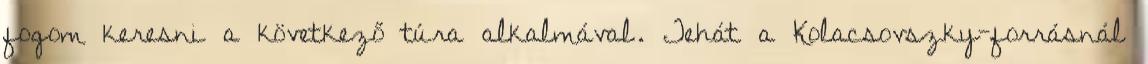
fogom keresni a következő túra alkalmával. Tehát a Kolacsovszky-forrásnál